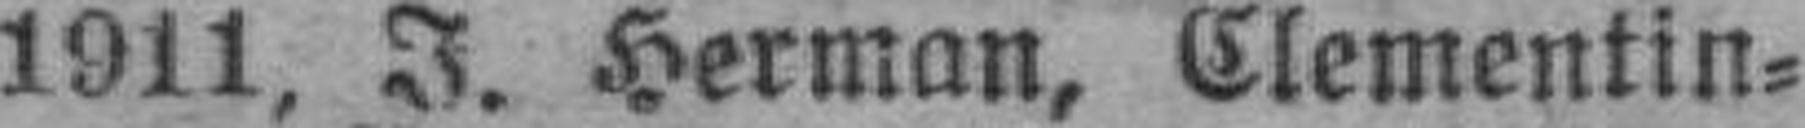
1911, J. Herman, Clementin¬